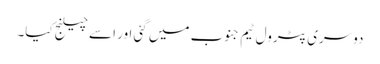
دوسری پٹرول ٹیم جنوب میں گئی اور اسے چیلنج کیا۔